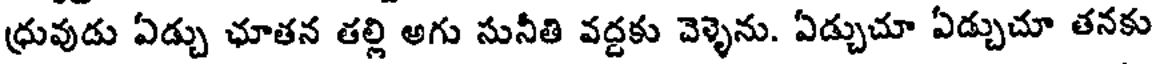
ధ్రువుడు ఏడ్చు ఛూతన తల్లి అగు సునీతి వద్దకు వెళ్ళెను. ఏడ్చుచూ ఏడ్చుచూ తనకు